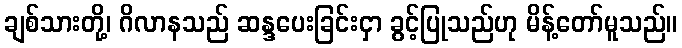
ချစ်သားတို့၊ ဂိလာနသည် ဆန္ဒပေးခြင်းငှာ ခွင့်ပြုသည်ဟု မိန့်တော်မူသည်။